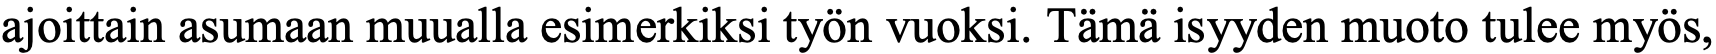
ajoittain asumaan muualla esimerkiksi työn vuoksi. Tämä isyyden muoto tulee myös,